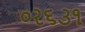
૦ર૬૩૧